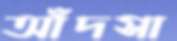
আঁদসা